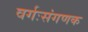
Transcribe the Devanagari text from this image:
वर्गःसंगणक